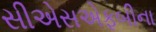
સીએસએફબીના